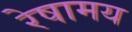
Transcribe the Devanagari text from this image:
रेषामय